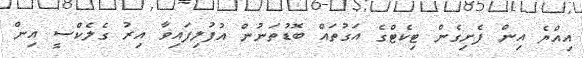
އިއްޔެ އިން ފެށިގެން ޓިކެޓްގެ އަގުތައް ބޮޑުތަނުން އުފުލިފައިވާ އިރު ގެލެކްސީ އިން